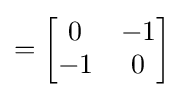
={\begin{bmatrix}0&-1\\-1&0\end{bmatrix}}